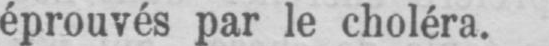
éprouvés par le choléra.